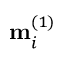
\mathbf { m } _ { i } ^ { ( 1 ) }